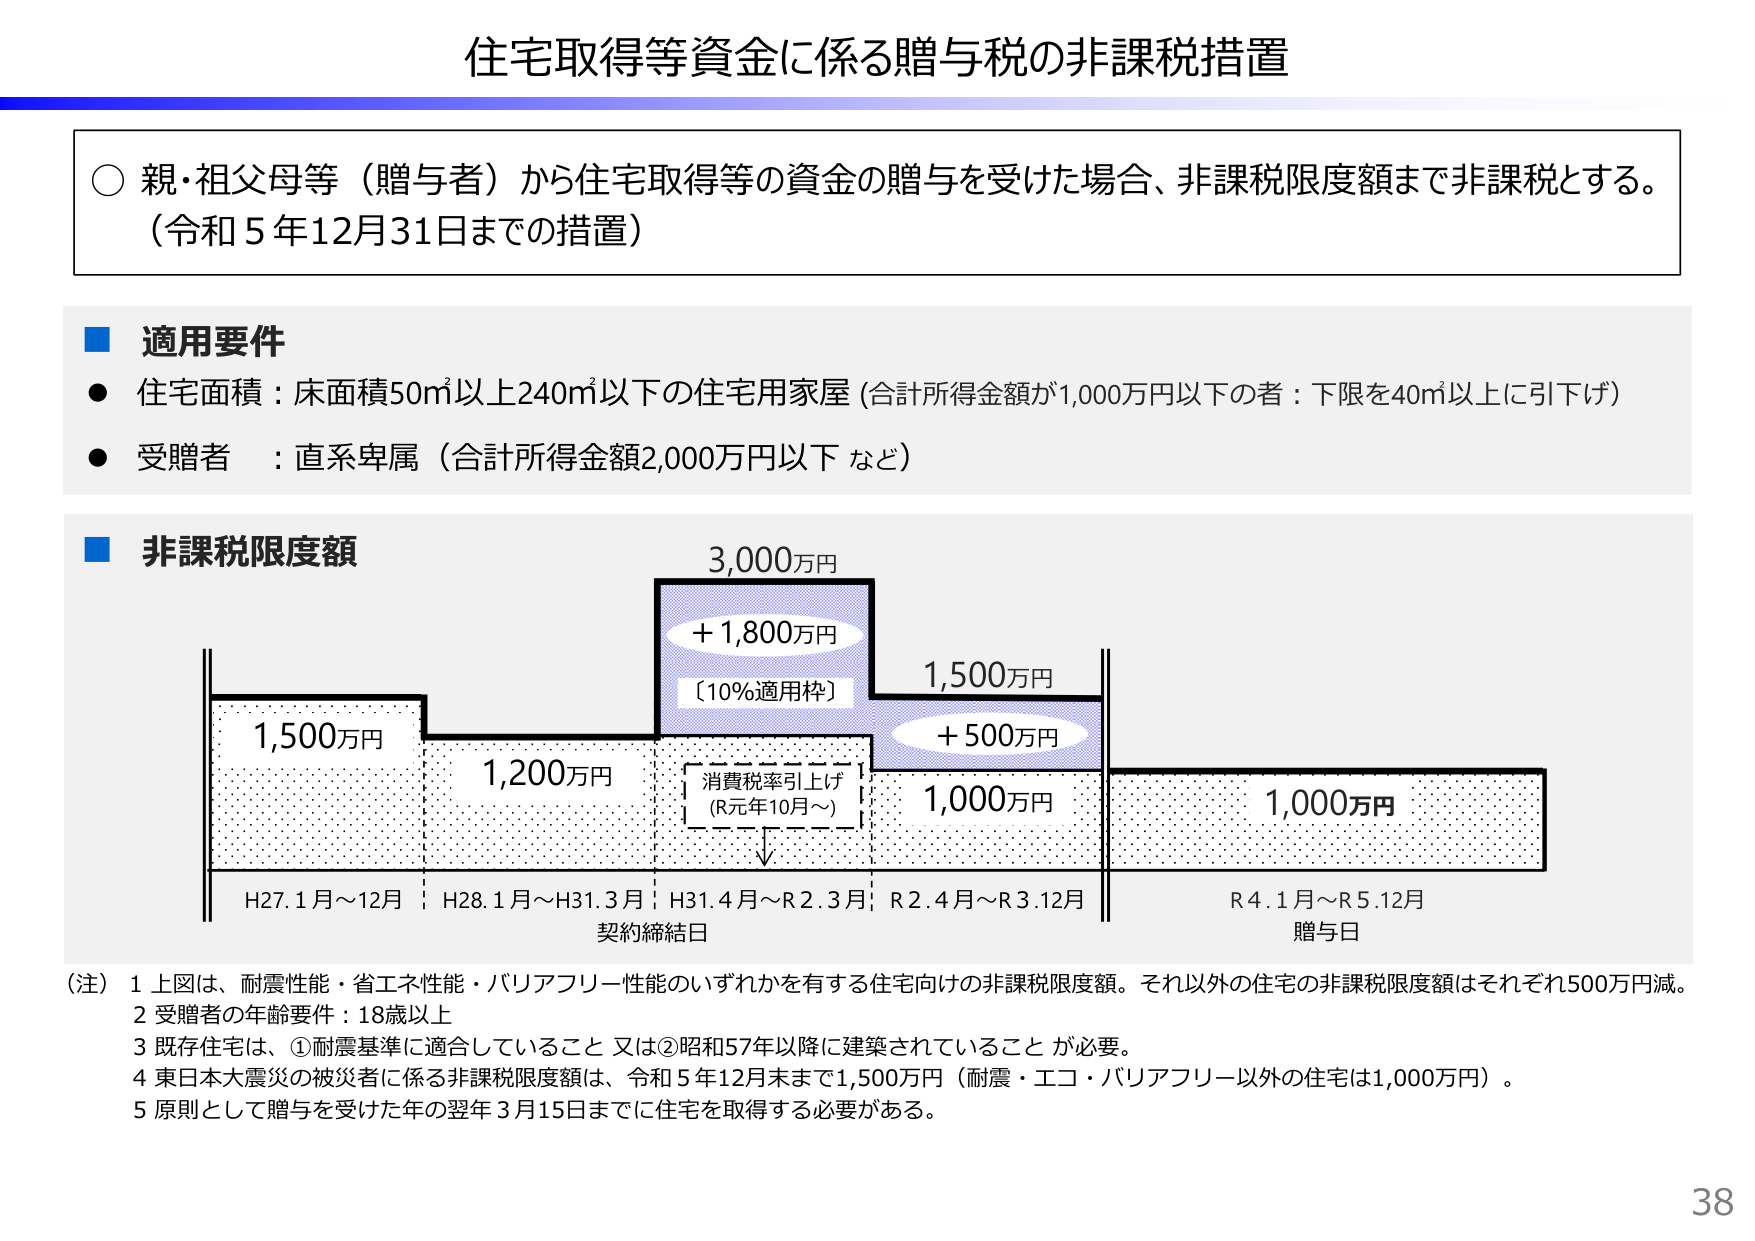
住宅取得等資金に係る贈与税の非課税措置

○ 親・祖父母等（贈与者）から住宅取得等の資金の贈与を受けた場合、非課税限度額まで非課税とする。
（令和５年12月31日までの措置）

■ 適用要件
● 住宅面積：床面積50㎡以上240㎡以下の住宅用家屋（合計所得金額が1,000万円以下の者：下限を40㎡以上に引下げ）
● 受贈者：直系卑属（合計所得金額2,000万円以下 など）

■ 非課税限度額
3,000万円
＋1,800万円
〔10%適用枠〕
1,500万円
＋500万円
1,000万円
1,000万円
1,500万円
1,200万円
消費税率引上げ
（R元年10月～）
H27.1月～12月　H28.1月～H31.3月　H31.4月～R2.3月　R2.4月～R3.12月　R4.1月～R5.12月
契約締結日　　　　　　　　　　　　　　　　　　　　　　　　　　　　　　　贈与日

（注）1 上図は、耐震性能・省エネ性能・バリアフリー性能のいずれかを有する住宅向けの非課税限度額。それ以外の住宅の非課税限度額はそれぞれ500万円減。
　　2 受贈者の年齢要件：18歳以上
　　3 既存住宅は、①耐震基準に適合していること 又は②昭和57年以降に建築されていること が必要。
　　4 東日本大震災の被災者に係る非課税限度額は、令和５年12月末まで1,500万円（耐震・エコ・バリアフリー以外の住宅は1,000万円）。
　　5 原則として贈与を受けた年の翌年3月15日までに住宅を取得する必要がある。

38